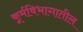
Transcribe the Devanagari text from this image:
कूर्मविभागातील